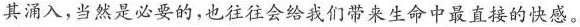
其涌入，当然是必要的，也往往会给我们带来生命中最直接的快感。